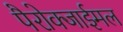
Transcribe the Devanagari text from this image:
पैरोक्जाईमल